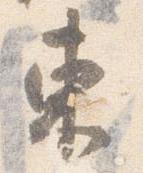
東